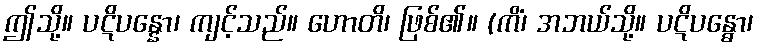
ဤသို့။ ပဋိပန္နော၊ ကျင့်သည်။ ဟောတိ၊ ဖြစ်၏။ (ကိံ၊ အဘယ်သို့။ ပဋိပန္ဓော၊